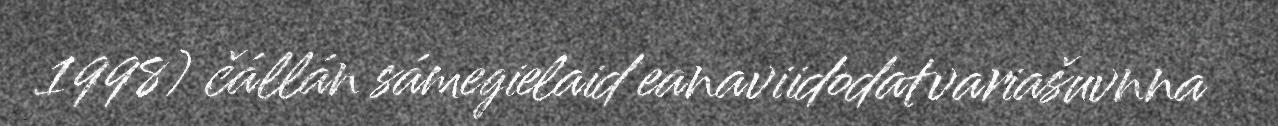
1998) čállán sámegielaid eanaviidodatvariašuvnna